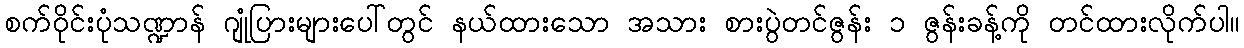
စက်ဝိုင်းပုံသဏ္ဍာန် ဂျုံပြားများပေါ်တွင် နယ်ထားသော အသား စားပွဲတင်ဇွန်း ၁ ဇွန်းခန့်ကို တင်ထားလိုက်ပါ။